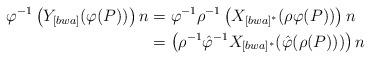
LaTeX: \begin{align*}\varphi^{-1} \left( Y_{[bwa]}(\varphi(P)) \right)n&= \varphi^{-1} \rho^{-1} \left( X_{[bwa]^{\ast}}(\rho \varphi(P)) \right)n \\&=\left(\rho^{-1} \hat{\varphi}^{-1} X_{[bwa]^{\ast}}(\hat{\varphi}(\rho(P))) \right)n\end{align*}